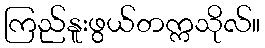
ကြည်နူးဖွယ်တက္ကသိုလ်။